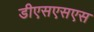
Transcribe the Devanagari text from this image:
डीएसएसएस